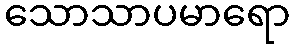
သောသာပမာရော